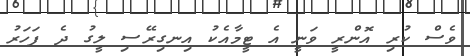
ވެސް ކުރި އޮންރީ ވަނީ އެ ޓީމާއެކު އިނގިރޭސި ލީގު ދެ ފަހަރު